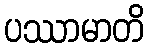
ပဿာမာတိ